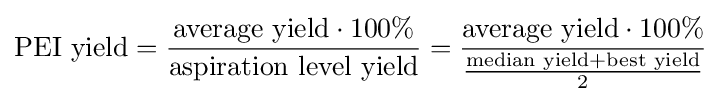
{\text{PEI yield}}={\frac {{\text{average yield}}\cdot 100\%}{\text{aspiration level yield}}}={\frac {{\text{average yield}}\cdot 100\%}{\frac {{\text{median yield}}+{\text{best yield}}}{2}}}